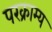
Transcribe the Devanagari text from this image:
परक्राम्‍य